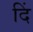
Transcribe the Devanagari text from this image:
दिं